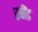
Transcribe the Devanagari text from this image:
रबींद्र